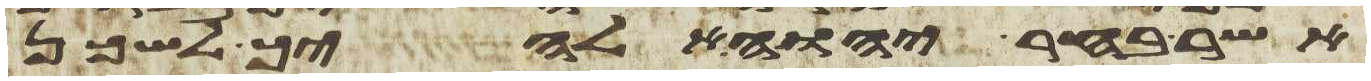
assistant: אשר בחר יהוה אלהיך לשכן